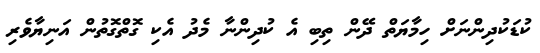
ކުޑަކުދިންނަށް ހިމާޔަތް ދޭން ތިބި އެ ކުދިންނާ މެދު އެކި ގޮތްގޮތުން އަނިޔާވެރި